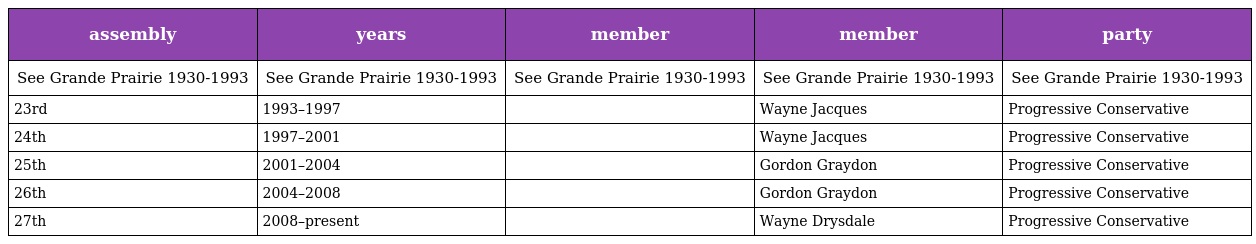
| assembly | years | member | member | party |
 | --- | --- | --- | --- | --- |
 | See Grande Prairie 1930-1993 | See Grande Prairie 1930-1993 | See Grande Prairie 1930-1993 | See Grande Prairie 1930-1993 | See Grande Prairie 1930-1993 |
 | 23rd | 1993–1997 |  | Wayne Jacques | Progressive Conservative |
 | 24th | 1997–2001 |  | Wayne Jacques | Progressive Conservative |
 | 25th | 2001–2004 |  | Gordon Graydon | Progressive Conservative |
 | 26th | 2004–2008 |  | Gordon Graydon | Progressive Conservative |
 | 27th | 2008–present |  | Wayne Drysdale | Progressive Conservative |